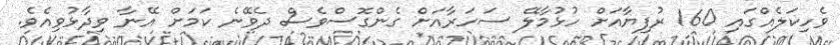
ވެހިކަލެއްގައި 160 ރުފިޔާއަށް ހުޅުމާލޭ ސަހަރާއަށް ގެންގޮސްވެސް ދެވޭނެ ކަމަށް އޭނާ ވިދާޅުވިއެވެ.